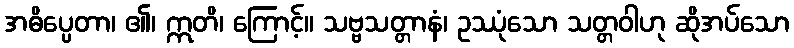
အဓိပ္ပေတာ၊ ၏၊ ဣတိ၊ ကြောင့်။ သဗ္ဗသတ္တာနံ၊ ဥဿုံသော သတ္တဝါဟု ဆိုအပ်သော